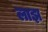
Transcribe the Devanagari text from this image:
लाझ